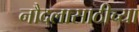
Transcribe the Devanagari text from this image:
नौदलासाठीच्या